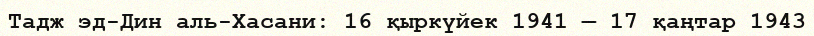
Тадж эд-Дин аль-Хасани: 16 қыркүйек 1941 — 17 қаңтар 1943